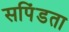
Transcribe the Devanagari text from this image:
सपिंडता